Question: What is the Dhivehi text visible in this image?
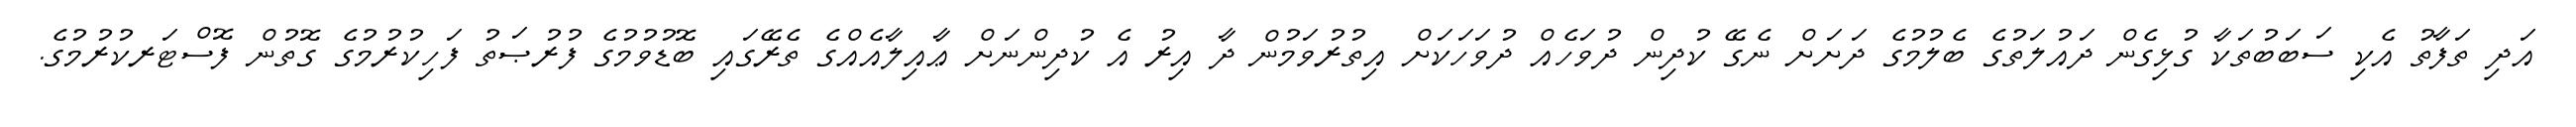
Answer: އަދި ތަފާތު އެކި ސަބަބުތަކާ ގުޅިގެން ދައުލަތުގެ ބެލުމުގެ ދަށަށް ނެގޭ ކުދިން ދުވަހެއް ދުވަހަކަށް އިތުރުވަމުން ދާ އިރު އެ ކުދިންނަށް ޢާއިލާއެއްގެ ތެރޭގައި ބޮޑުވުމުގެ ފުރުޞަތު ފަހިކުރުމުގެ ގޮތުން ފޮސްޓަރކުރުމުގެ.